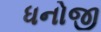
ધનોજી